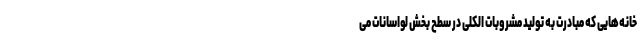
خانه‌هایی که مبادرت به تولید مشروبات الکلی در سطح بخش لواسانات می